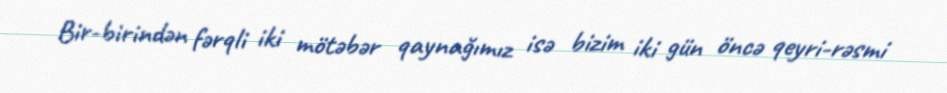
Bir-birindən fərqli iki mötəbər qaynağımız isə bizim iki gün öncə qeyri-rəsmi